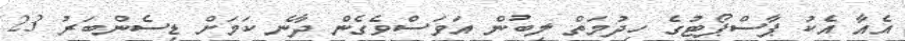
އެއާ އެކު ޕާސްޕޯޓުގެ ހިދުމަތް ލިބުން އަވަސްވެގެން ދާނެ ކަމަށް ޑިސެންބަރު 23